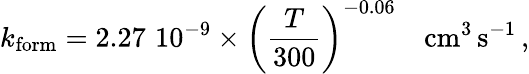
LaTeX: k_{\mathrm{form}}=2.27\, \, 10^{-9}\times\left(\frac{T}{300}\right)^{-0.06}\quad\mathrm{cm}^{3}\, \mathrm{s}^{-1}\, ,